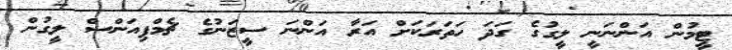
ޓީމުން އަންނަނީ ލީގުގެ ގަދަ ހަތަރަކަށް އަރާ އަންނަ ސީޒަނުގެ ޗެމްޕިއަންސް ލީގުން